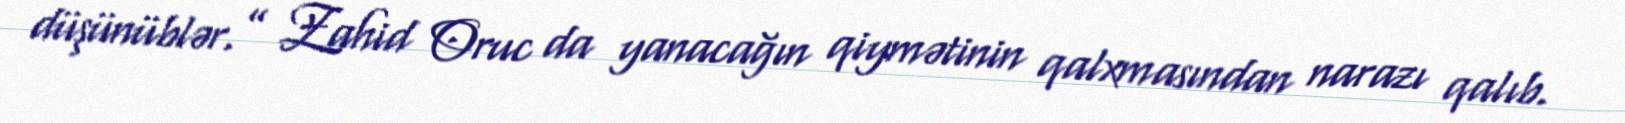
düşünüblər.” Zahid Oruc da yanacağın qiymətinin qalxmasından narazı qalıb.